Madras plague regulations and rules - Volume 1
Disease focus: Plague
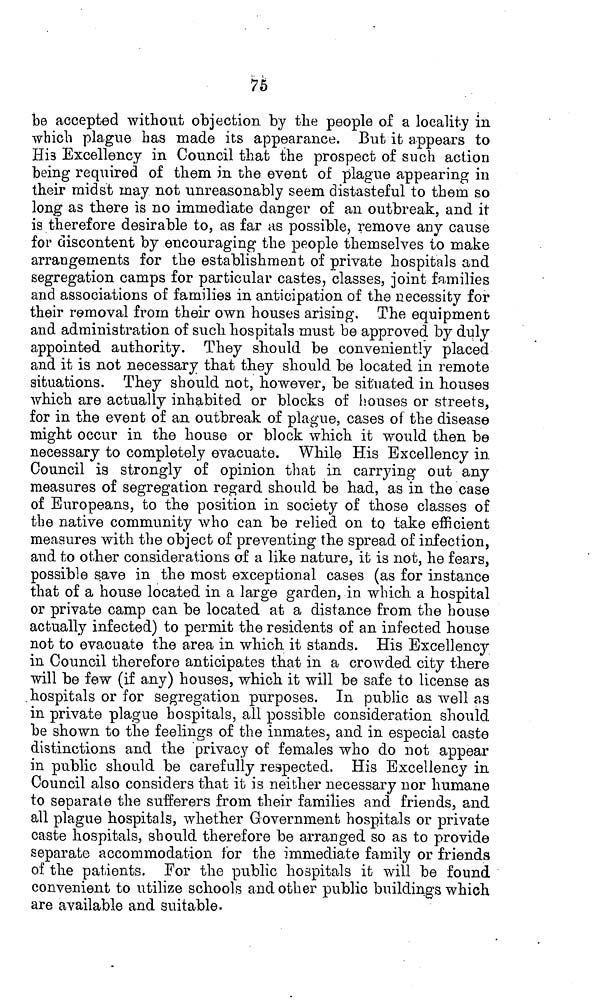
75
be accepted without objection by the people of a locality in
which plague has made its appearance. But it appears to
His Excellency in Council that the prospect of such action
being required of them in the event of plague appearing in
their midst may not unreasonably seem distasteful to them so
long as there is no immediate danger of an outbreak, and it
is therefore desirable to, as far as possible, remove any cause
for discontent by encouraging the people themselves to make
arrangements for the establishment of private hospitals and
segregation camps for particular castes, classes, joint families
and associations of families in anticipation of the necessity for
their removal from their own houses arising. The equipment
and administration of such hospitals must be approved by duly
appointed authority. They should be conveniently placed
and it is not necessary that they should be located in remote
situations. They should not, however, be situated in houses
which are actually inhabited or blocks of houses or streets,
for in the event of an outbreak of plague, cases of the disease
might occur in the house or block which it would then be
necessary to completely evacuate. While His Excellency in
Council is strongly of opinion that in carrying out any
measures of segregation regard should be had, as in the case
of Europeans, to the position in society of those classes of
the native community who can be relied on to take efficient
measures with the object of preventing the spread of infection,
and to other considerations of a like nature, it is not, he fears,
possible save in the most exceptional cases (as for instance
that of a house located in a large garden, in which a hospital
or private camp can be located at a distance from the house
actually infected) to permit the residents of an infected house
not to evacuate the area in which it stands. His Excellency
in Council therefore anticipates that in a crowded city there
will be few (if any) houses, which it will be safe to license as
hospitals or for segregation purposes. In public as well as
in private plague hospitals, all possible consideration should
be shown to the feelings of the inmates, and in especial caste
distinctions and the privacy of females who do not appear
in public should be carefully respected. His Excellency in
Council also considers that it is neither necessary nor humane
to separate the sufferers from their families and friends, and
all plague hospitals, whether Government hospitals or private
caste hospitals, should therefore be arranged so as to provide
separate accommodation for the immediate family or friends
of the patients. For the public hospitals it will be found
convenient to utilize schools and other public buildings which
are available and suitable.